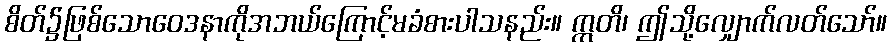
စိတ်၌ဖြစ်သောဝေဒနာကိုအဘယ်ကြောင့်မခံစားပါသနည်း။ ဣတိ၊ ဤသို့လျှောက်လတ်သော်။